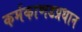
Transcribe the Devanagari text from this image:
कर्मकाणडप्रधान